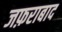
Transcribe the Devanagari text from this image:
जफ़राबाद